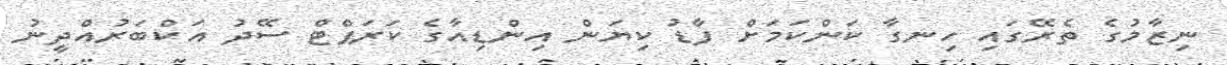
ނިޒާމުގެ ތެރޭގައި ހިނގާ ކަންކަމަށް ފާޑު ކިޔަން އިންޑިއާގެ ކަރަޕްޓް ސޭދު އަކްބަރުއްދީނު